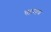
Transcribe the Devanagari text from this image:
चहमाण